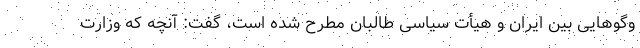
وگوهایی بین ایران و هیأت سیاسی طالبان مطرح شده است، گفت: آنچه که وزارت